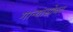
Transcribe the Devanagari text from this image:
गान्यासोबत